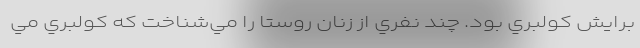
برايش كولبري بود. چند نفري از زنان روستا را مي‌شناخت كه كولبري مي